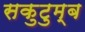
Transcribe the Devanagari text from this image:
सकुटुम्ब